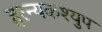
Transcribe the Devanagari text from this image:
हरन्यकश्युप